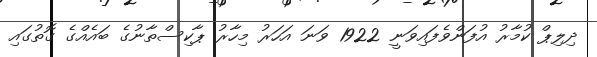
ދިލިޕް ކުމާރު އުފަންވެފައިވަނީ 1922 ވަނަ އަހަރު މިހާރު ޕާކިސްތާނުގެ ބައެއްގެ ގޮތުގައި